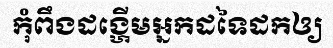
កុំពឹងដង្ហើមអ្នកដទៃដកឲ្យ